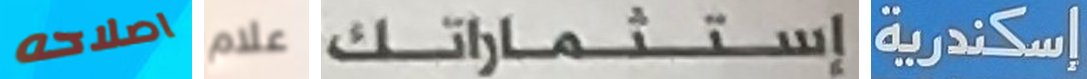
اصلاحه علام إستثماراتك إسكندرية